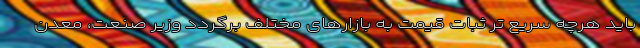
باید هرچه سریع تر ثبات قیمت به بازارهای مختلف برگردد وزیر صنعت، معدن